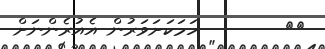
٩٥        ހަމަކަށަވަރުން އެއުރެންނަށް